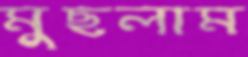
মুছলাম